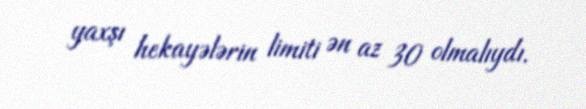
yaxşı hekayələrin limiti ən az 30 olmalıydı.